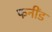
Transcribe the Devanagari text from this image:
फनींड